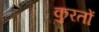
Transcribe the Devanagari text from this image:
कुरतों